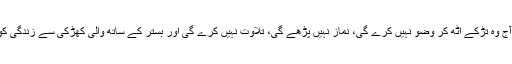
یہ سوچ کر اسے احساس گناہ سا ہو ا کہ آج وہ تڑکے اٹھ کر وضو نہیں کرے گی، نماز نہیں پڑھے گی، تلاوت نہیں کرے گی اور بستر کے ساتھ والی کھڑکی سے زندگی کو ہولے ہولے بیدار ہوتا نہیں دیکھے گی۔